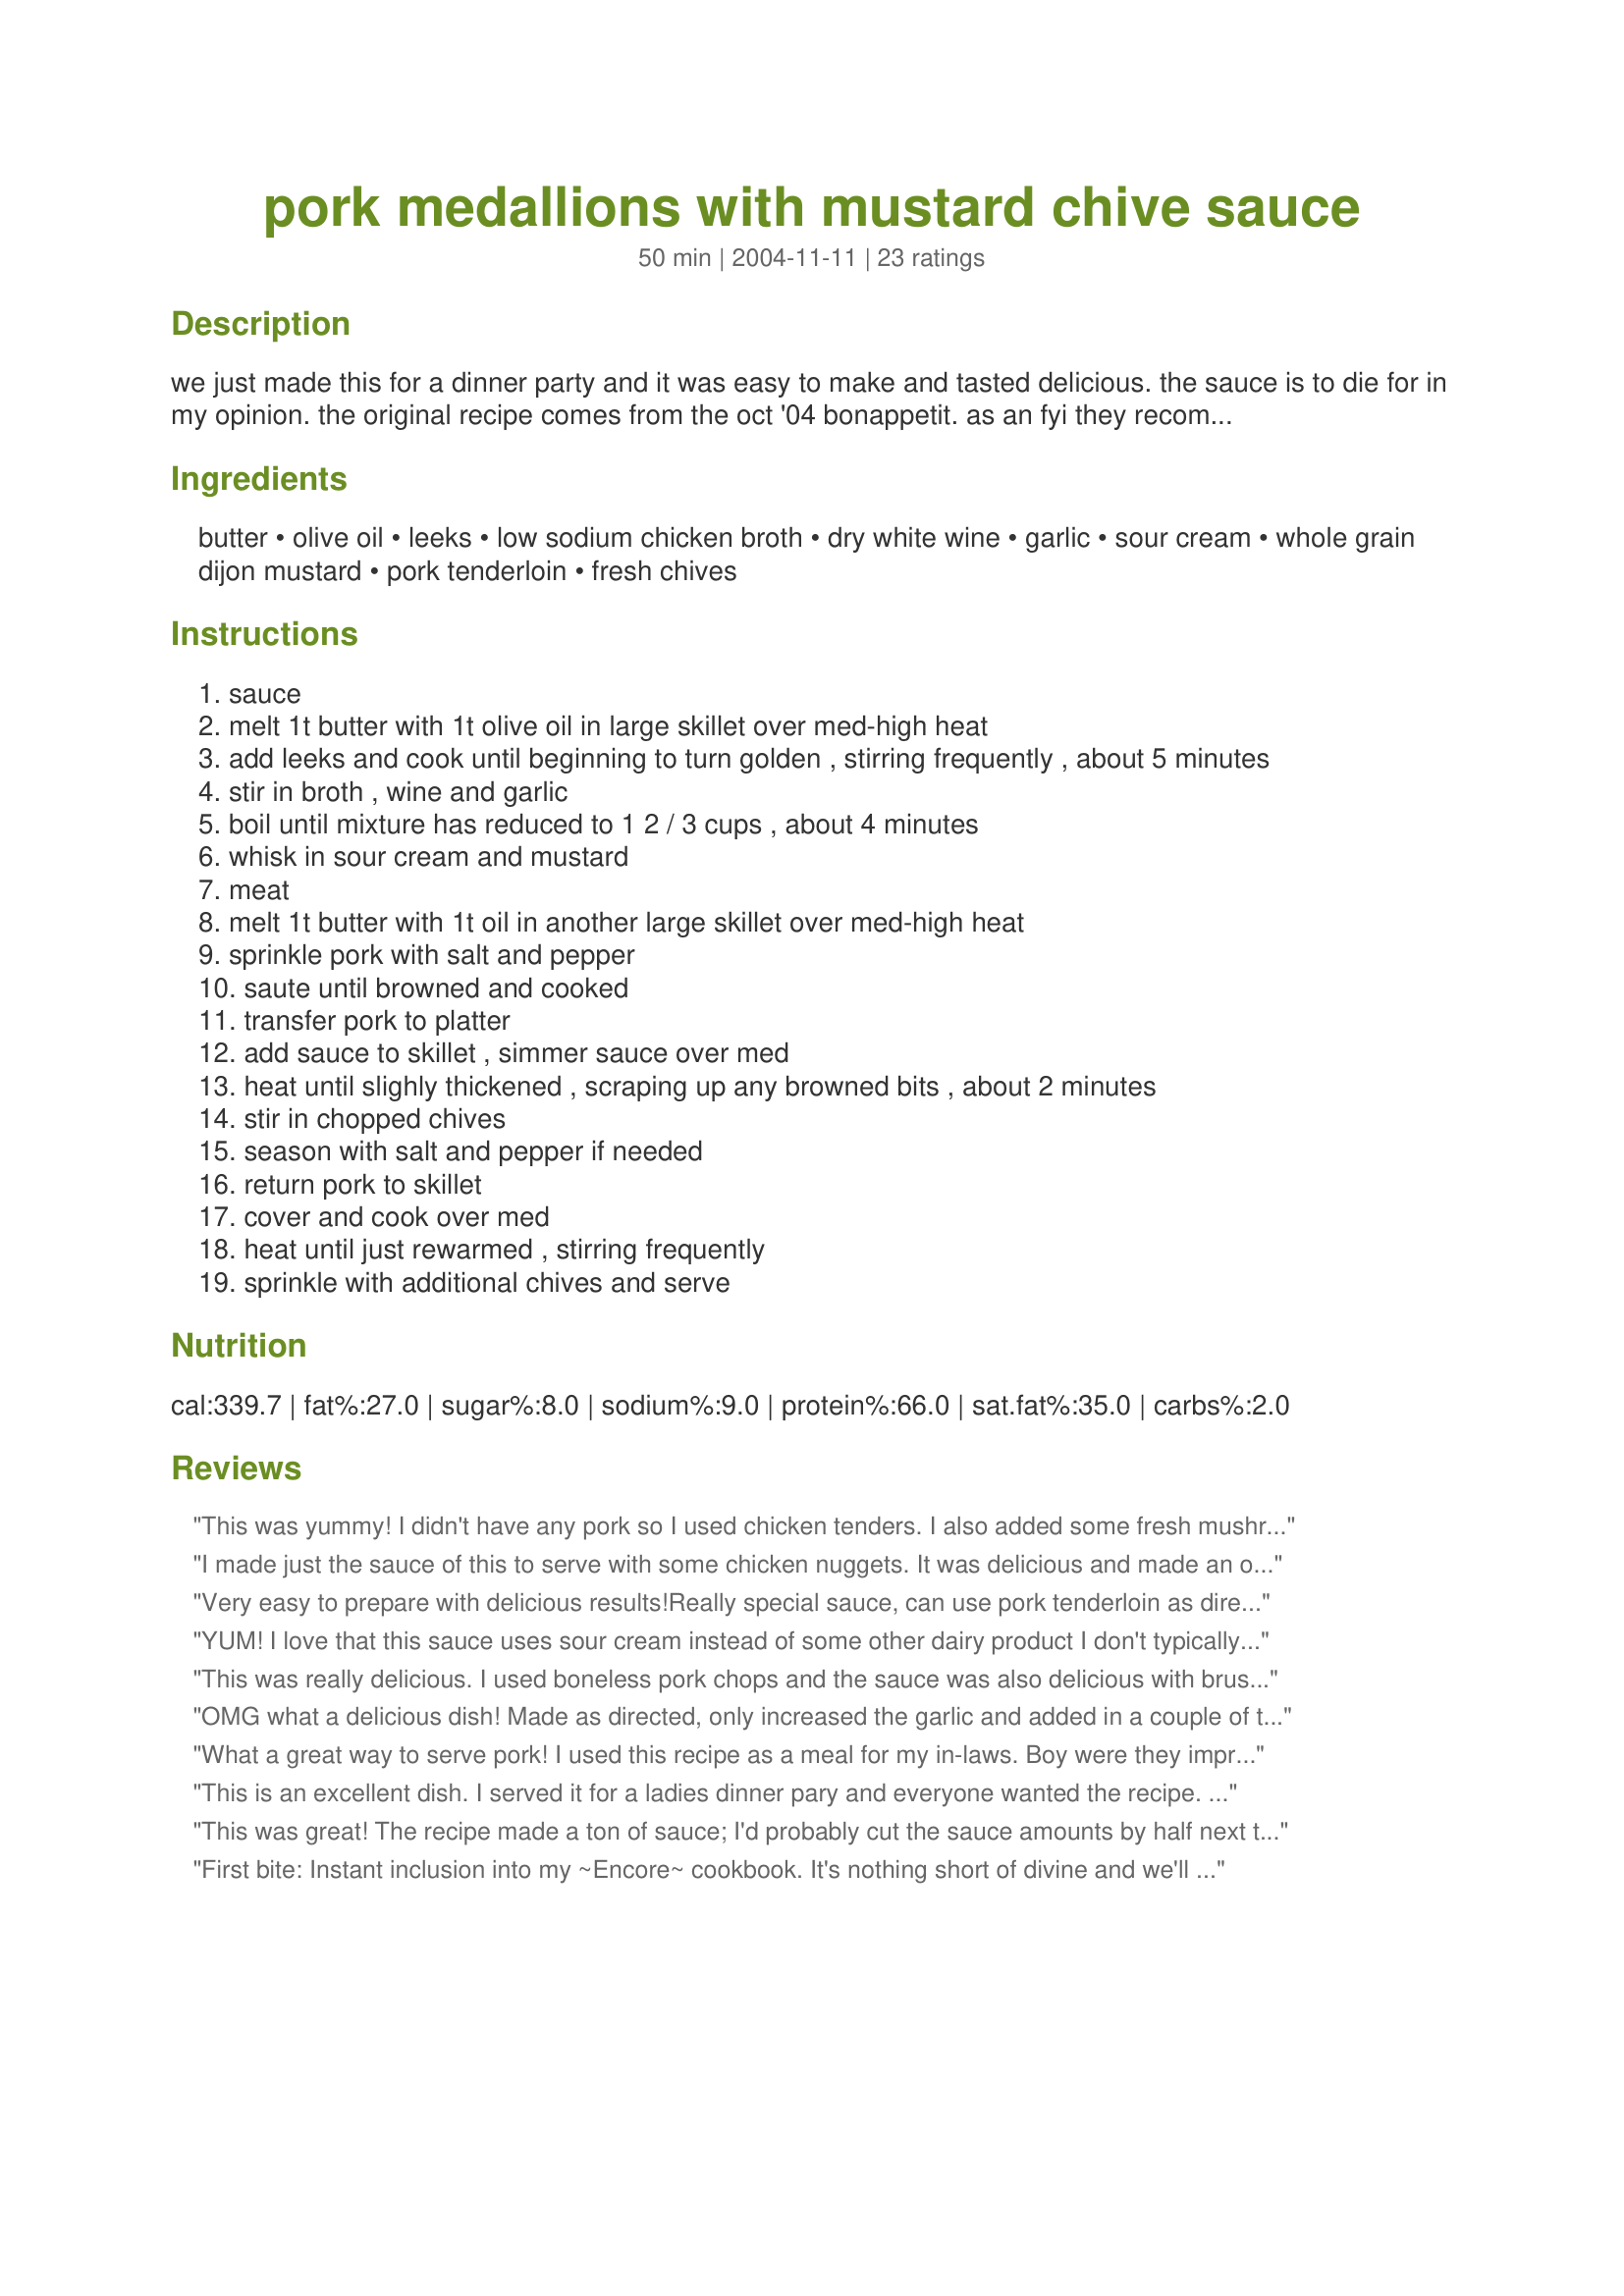
pork medallions with mustard chive sauce
Preparation time: 50 minutes

we just made this for a dinner party and it was easy to make and tasted delicious. the sauce is to die for in my opinion. the original recipe comes from the oct '04 bonappetit. as an fyi they recommended shiraz or shyrah with this dish.

Ingredients:
butter, olive oil, leeks, low sodium chicken broth, dry white wine, garlic, sour cream, whole grain dijon mustard, pork tenderloin, fresh chives

Steps:
sauce
melt 1t butter with 1t olive oil in large skillet over med-high heat
add leeks and cook until beginning to turn golden , stirring frequently , about 5 minutes
stir in broth , wine and garlic
boil until mixture has reduced to 1 2 / 3 cups , about 4 minutes
whisk in sour cream and mustard
meat
melt 1t butter with 1t oil in another large skillet over med-high heat
sprinkle pork with salt and pepper
saute until browned and cooked
transfer pork to platter
add sauce to skillet , simmer sauce over med
heat until slighly thickened , scraping up any browned bits , about 2 minutes
stir in chopped chives
season with salt and pepper if needed
return pork to skillet
cover and cook over med
heat until just rewarmed , stirring frequently
sprinkle with additional chives and serve

Reviews:
This was yummy! I didn't have any pork so I used chicken tenders. I also added some fresh mushrooms to the leek sauce. Defiantly will make this again, thanks for posting.
I made just the sauce of this to serve with some chicken nuggets. It was delicious and made an otherwise simple meal seem special. Thanks for posting.
Very easy to prepare with delicious results!Really special sauce, can use pork tenderloin as directed and also would be great on chicken too. I've made this numerous times and I always add minced shallots along with the garlic for more flavor. I also use more garlic than called for. Restaurant worthy and very, very simple to prepare. I usually saute the pork in one skillet and make the sauce in another. Then I add the cooked pork to the finished sauce and simmer in on low for a few minutes. Xllnt. I like to make recipe # 80667 with this pork dish. Its a spinach, onion couscous, and its perfect with this mustard pork recipe. Also, very easy side dish.
YUM! I love that this sauce uses sour cream instead of some other dairy product I don't typically have available. I had to make some substitutions due to what I had on hand: no leeks, subbed some finely chopped sweet onion; no chives, to spare my husband who hates all things green besides broccoli and lettuce; and I used 2 boneless pork chops pounded to about 1 inch thick and cut into 6 pieces each. I served it with mashed sweet potatoes and a steamed veggie. My husband's compliment for you was, "Well, if you HAVE to have pork, this is much better than plain pork chops", haha. I found this dish fancy enough for a company dinner, yet simple and quick enough for any weeknight! Thanks for sharing this delicious new way to serve pork!
This was really delicious. I used boneless pork chops and the sauce was also delicious with brussel sprouts.
OMG what a delicious dish! Made as directed, only increased the garlic and added in a couple of tablespoons of Parmesan cheese, also I used sour cream, I served this with cooked egg noodles tonight for dinner. I am always looking for good recipes for pork tenderloin since it is one of my family's favorites, and this recipe will be a repeater at my house, it is really a fantastic easy recipe with lots of flavor!... so glad I tryed it, thanks so much DDW!...Kittencal:)
What a great way to serve pork! I used this recipe as a meal for my in-laws. Boy were they impressed. I will make this again.
This is an excellent dish.

I served it for a ladies dinner pary and everyone wanted the recipe.

The sauce really makes this dish,

I prepared everything early in the day and simmered the medallions in the sauce just to reheat before serving. Very easy.

Thanks for a great recipe.
This was great! The recipe made a ton of sauce; I'd probably cut the sauce amounts by half next time.. though tons of sauce is great too, and I have lots to pour over rice tomorrow! :) Used a bit of Chinese rice wine in place of white wine (mine was salted, so I cut out regular salt in the rest of the dish and it turned out great), sweet onions instead of leeks, and green onions in place of chives. I also used low fat sour cream and it worked out well, just cooked the sauce longer than called for to let it reduce further. It was really easy, with really tasty results. Thanks!
First bite: Instant inclusion into my ~Encore~ cookbook. It's nothing short of divine and we'll be making this manyMANYmany times in the future. Our only change was to use 1 leek since that's all I was left with after making Recipe #267696 the other night. But it was SO good, I'm hesitant to change anything we did, including to add another leek! Omg, the wine and mustard flavors were SPOT ON PERFECT and it seemed like you could taste each ingredient exactly as it was meant to be. In short, I'm in love. My husband, thankfully, understands. Thank you, DDW, for posting this recipe, easily one of the best I've eaten in 2007!
Easy but delicious meal. Served with mashed potatoes for all the wonderful sauce.
The onion sauce was to die for. I didnt feel like running to the store again to make this so I improvised a little with what I had. I halfed the recipe to feed me and hubby. I used regular onions instead of leeks (sauteed them a little bit longer). I also used Greek Yoghurt instead of the sour cream because its all I had. Twards the end I added a little parsley just to put some green in there because I did not have chives. Even with my modifications we had a lovely, filling and comforting dinner. Thank you DDW!
Great flavor - pretty quick meal too. I used sweet onion instead of leeks. . . cooking sherry instead of white wine. . . and towards the end I added 1/2 cup flour/milk mixture to thicken it up a bit. My family loved it - had it over rice but like the egg noodle idea for next time.
This was really really good. I used 2.5 lbs of pork tenderloin. the meat took about 10 minutes per side to cook to our liking. I would double the sauce next time...Was great and easy. I would give it 10 stars if I could...Served with egg noodles and a tossed salad.
really flavorful recipe! i'm always looking for new ways to do pork and this is a keeper. the sauce is fantastic! my only changes were to cut the recipe in half, double the garlic and add a little regular dijon along with the whole grain. thanks for sharing, DDW!
We enjoyed this. I had a pre-marinated pork loin I had bought in some sort of onion marinade. I sliced it thin and quickly browned them.
Didn't have leeks handy, so used yellow onion and was out of sour cream, so used yogurt. The brand of Dijon I had was pretty gutless, so I added about a teaspoon of horseradish. Out of chives too. Once the sauce was cooked, placed the pork back in the sauce to finish cooking.
Served with rice I made in the rice cooker to which I had thrown in a can of asparagus. Served the sauce over the rice. It was really good. Thanks.
This is good enough for a dinner party, but quick enough for a mid-week meal (which we had it for). I love pork fillet, as it's cheaper here than steak, and the sauce went really well over it. Only a tiny critisism, the mustard doesn't rate a mention in the method-Russell added it at step 6. Otherwise, a wonderful recipe thank you.
I actually made this with boneless pork chops. It was a refreshing change from the same old pork recipes. I love leeks and chives , so this was a real treat for me. The sauce is absolutely fabulous. Thanks for posting this recipe.
Delicious! This dish is absolutely amazing! I will definitely make again and again without changing a thing. Thanks!
I didn't have leeks on hand, so I substituted chopped onion. Other than that, I followed the recipe as written. I wasn't sure if I would like the sauce, but it was superb! We had some sauce leftover and it was a great topping for grilled steak the next night. Just a minor change I'll make next time: The directions have you cut each tenderloin into 6 pieces. Those pieces are rather large, and I would have preferred 1/2" thick slices.
Oh my goodness, I just want to make this sauce in bulk and freeze it. It would taste delicious over everything. Seriously. Everything. Like hot sauce or ranch dressing, but classier. &lt;br/&gt;&lt;br/&gt;I reduced my sauce a little more than I wanted, but as I let the pork finish cooking in it, I just added a little more wine (no such thing as too much wine), broth and sour cream to fix that. In the end, it was enough for the 1lb of pork I used, and then I put it all over rice. I was incredibly happy with the result; the pork was melt-in-your-mouth tender, and the boyfriend hardly spoke. Always a good sign. ;)
I loved this sauce!! The combination of the leeks and chives with the richness of the sauce and the pork was excellent. This recipe was easily halved for just me and the DH.
Easy and quick to do. Anyone would like it, the mustard is gentler than you would expect after cooking. The sauce would be really nice with fish too.
